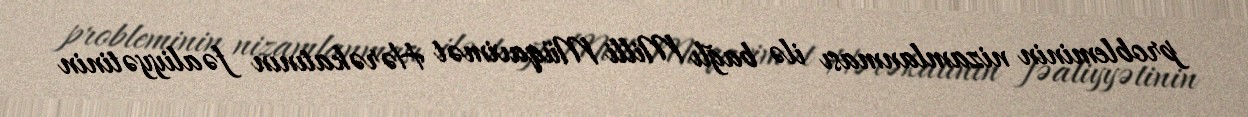
probleminin nizamlanması ilə bağlı Milli Müqavimət Hərəkatının fəaliyyətinin